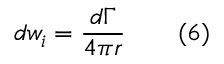
d w _ { i } = { \frac { d \Gamma } { 4 \pi r } } \qquad ( 6 )